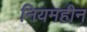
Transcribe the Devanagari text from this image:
नियमहीन